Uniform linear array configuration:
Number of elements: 8
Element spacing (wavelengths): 1
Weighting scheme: uniform
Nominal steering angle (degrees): -45
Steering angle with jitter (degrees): -44.477
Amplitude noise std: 0.05
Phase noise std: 0.05

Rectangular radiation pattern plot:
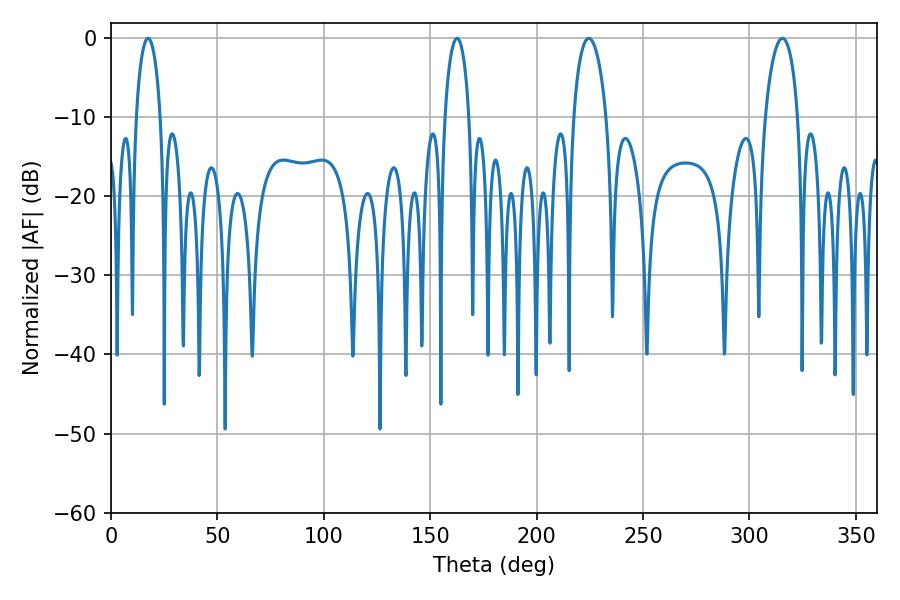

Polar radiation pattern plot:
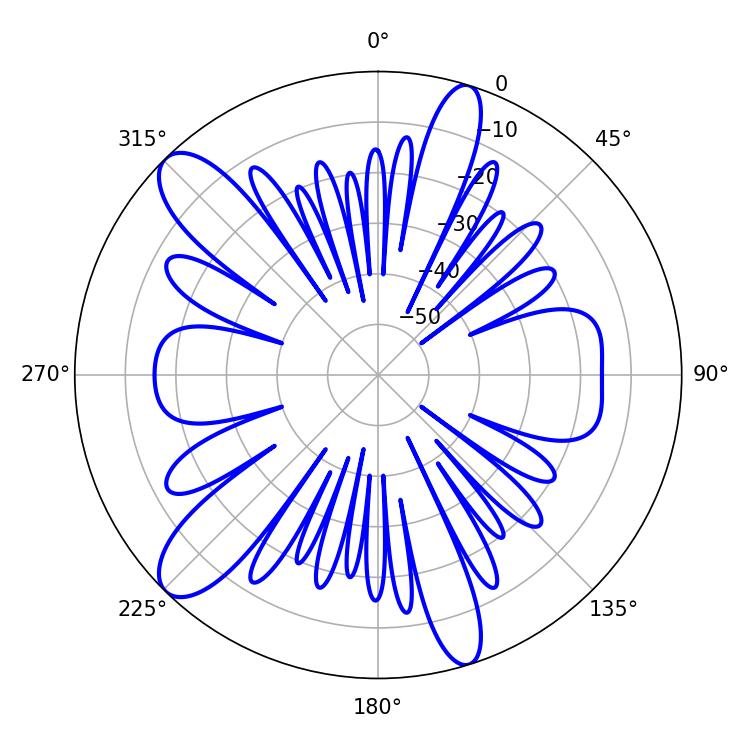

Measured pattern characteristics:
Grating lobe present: TRUE
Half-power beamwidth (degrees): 8.82
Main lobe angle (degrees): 224.46